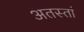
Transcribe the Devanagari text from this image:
अतस्तां